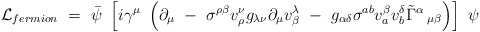
\begin{align*}{\cal L}_{fermion} ~=~ \bar{\psi}~\left[i\gamma^{\mu}~\left(\partial_{\mu} ~-~ \sigma^{\rho \beta} v^{\nu}_{\rho} g_{\lambda\nu} \partial_{\mu} v^{\lambda}_{\beta} ~-~ g_{\alpha \delta}\sigma^{a b} v^{\beta}_a v^{\delta}_b \tilde{\Gamma}^{\alpha}\,_{\mu \beta} \right) \right]~\psi\end{align*}